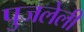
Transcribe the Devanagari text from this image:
पुजलेली